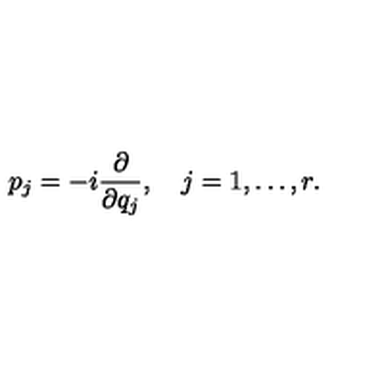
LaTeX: p _ { j } = - i { \frac { \partial } { \partial q _ { j } } } , \quad j = 1 , \ldots , r .